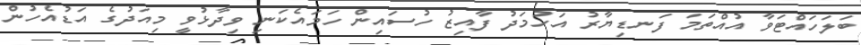
ބަލަހައްޓަވާ އުއްތަމަ ފަނޑިޔާރު އަހުމަދު ފާއިޒު ހުސައިން ހަމައެކަނި ވިދާޅުވީ މިއަދުގެ އަޑުއެހުން